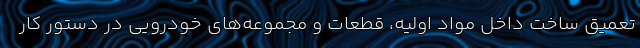
تعمیق ساخت داخل مواد اولیه، قطعات و مجموعه‌های خودرویی در دستور کار